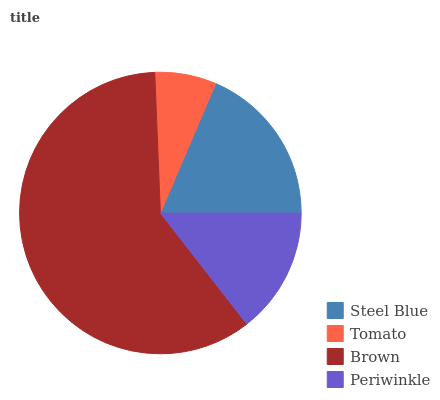
| Steel Blue | Tomato | Brown | Periwinkle |
 | --- | --- | --- | --- |
 | 18.6% | 7.05% | 59.9% | 14.5% |